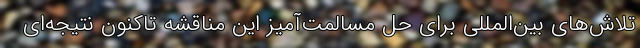
تلاش‌های بین‌المللی برای حل مسالمت‌آمیز این مناقشه تاکنون نتیجه‌ای